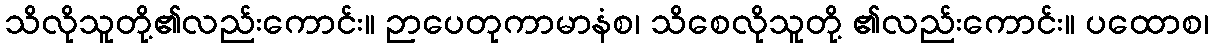
သိလိုသူတို့၏လည်းကောင်း။ ဉာပေတုကာမာနံစ၊ သိစေလိုသူတို့ ၏လည်းကောင်း။ ပထောစ၊